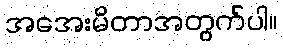
အအေးမိတာအတွက်ပါ။